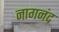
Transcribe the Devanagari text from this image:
नागनंद